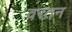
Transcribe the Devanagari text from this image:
वरतन